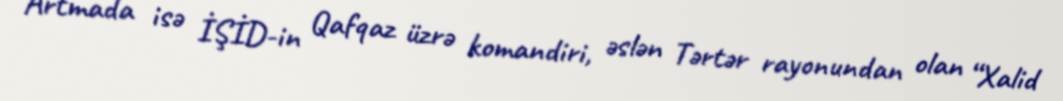
Artmada isə İŞİD-in Qafqaz üzrə komandiri, əslən Tərtər rayonundan olan “Xalid